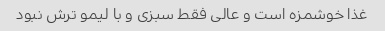
غذا خوشمزه است و عالی فقط سبزی و با لیمو ترش نبود